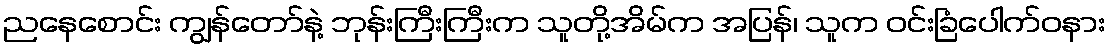
ညနေစောင်း ကျွန်တော်နဲ့ ဘုန်းကြီးကြီးက သူတို့အိမ်က အပြန်၊ သူက ဝင်းခြံပေါက်ဝနား